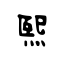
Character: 煕